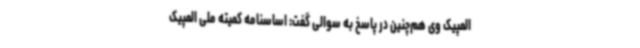
المپیک وی هم‌چنین در پاسخ به سوالی گفت: اساسنامه کمیته ملی المپیک